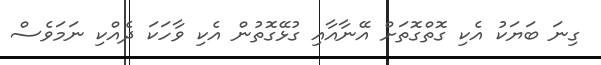
ގިނަ ބަޔަކު އެކި ގޮތްގޮތަށް އޭނާއާއި ގުޅޭގޮތުން އެކި ވާހަކަ ދެއްކި ނަމަވެސް